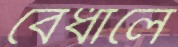
বেঁধালে